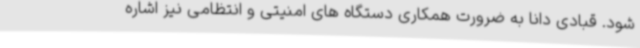
شود. قبادی دانا به ضرورت همکاری دستگاه های امنیتی و انتظامی نیز اشاره